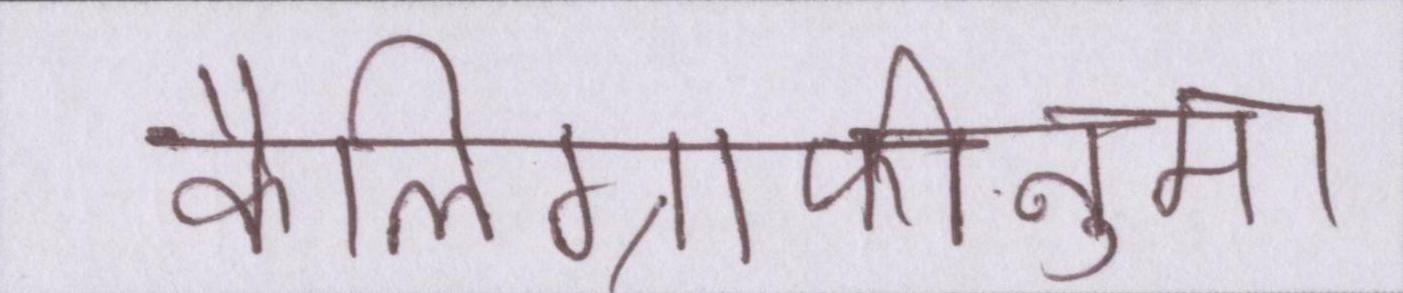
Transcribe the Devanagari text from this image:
कैलिग्राफीनुमा